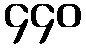
၄၄၀